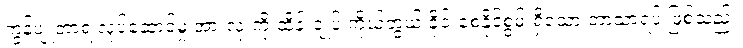
ကွန်ပျူတာရဲ့လုပ်ဆောင်မှု အားလုံးကို ထိန်းချုပ် ကိုယ်တွယ် ခိုင်းစေနိုင်စွမ်းရှိသော ဘာသာရပ် ဖြစ်သည်။